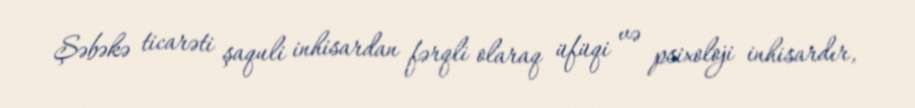
Şəbəkə ticarəti şaquli inhisardan fərqli olaraq üfüqi və psixoloji inhisardır,